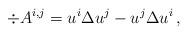
LaTeX: \begin{align*}\div A^{i,j}=u^i\Delta u^j-u^j\Delta u^i\, ,\end{align*}